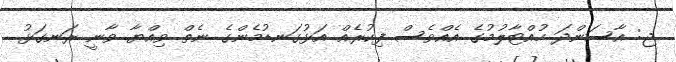
ޖ: އާސަންދަ ހުއްޓާލުމުގެ އެއްވެސް ފިކުރެއް އަޅުގަނޑުމެންގެ ނެތް ވިއްޔާ ވާނީ ރަނގަޅު